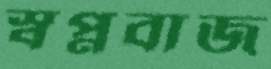
স্বপ্নবাজ